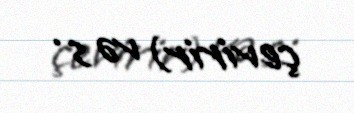
çevirir) və s .